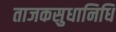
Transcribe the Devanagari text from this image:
ताजकसुधानिधि